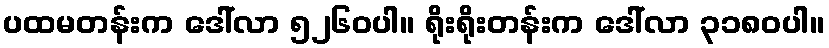
ပထမတန်းက ဒေါ်လာ ၅၂၆၀ပါ။ ရိုးရိုးတန်းက ဒေါ်လာ ၃၁၈၀ပါ။